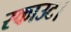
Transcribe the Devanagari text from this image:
स्काउट।